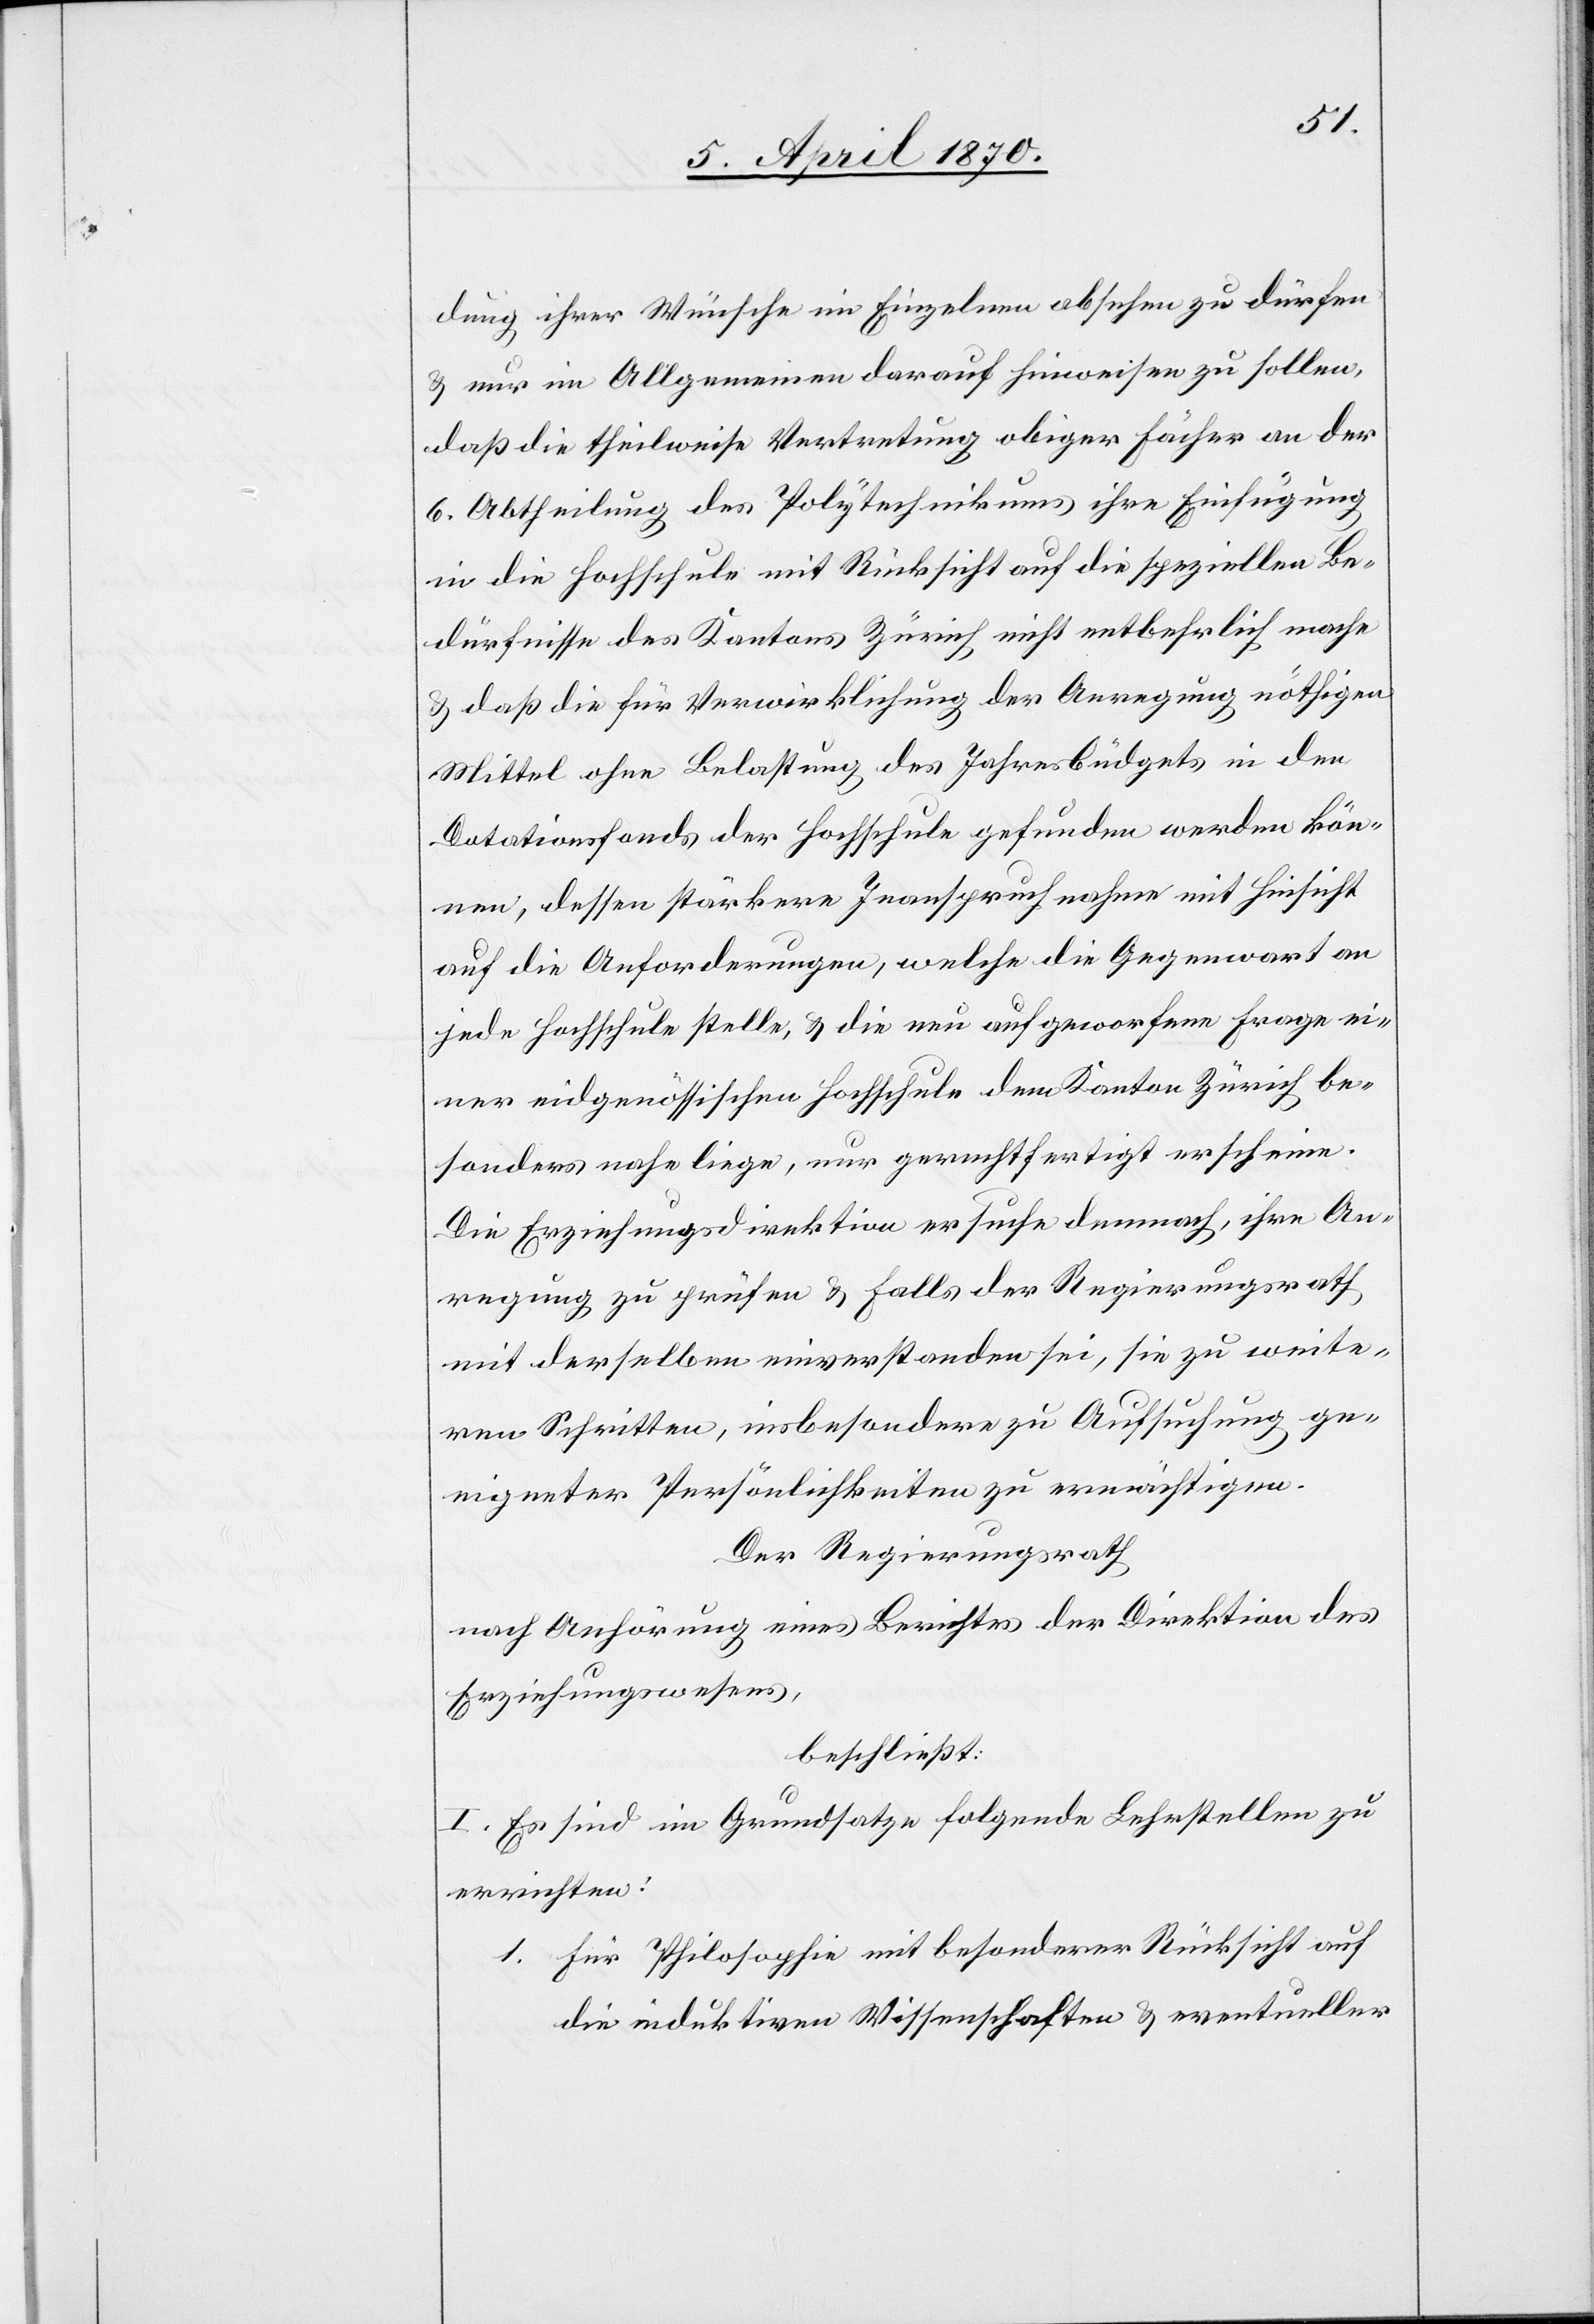
dung ihrer Wünsche im Einzelnen absehen zu dürfen
& nur im Allgemeinen darauf hinweisen zu sollen,
daß die theilweise Vertretung obiger Fächer an der
6. Abtheilung des Polytechnikums ihre Einfügung
in die Hochschule mit Rücksicht auf die speziellen Be¬
dürfnisse des Kantons Zürich nicht entbehrlich mache
& daß die für Verwirklichung der Anregung nöthigen
Mittel ohne Belastung des Jahresbüdgets in den
Dotationsfonds der Hochschule gefunden werden kön¬
nen, dessen stärkere Inanspruchnahme mit Hinsicht
auf die Anforderungen, welche die Gegenwart an
jede Hochschule stelle, & die neu aufgeworfene Frage ei¬
ner eidgenössischen Hochschule dem Kanton Zürich be¬
sonders nahe liege, nur gerechtfertigt erscheine.
Die Erziehungsdirektion ersuche demnach, ihre An¬
regung zu prüfen & falls der Regierungsrath
mit derselben einverstanden sei, sie zu weite¬
ren Schritten, insbesondere zu Aufsuchung ge¬
eigneter Persönlichkeiten zu ermächtigen.
Der Regierungsrath
nach Anhörung eines Berichtes der Direktion des
Erziehungswesens,
beschließt:
I. Es sind im Grundsatze folgende Lehrstellen zu
errichten:
1. Für Philosophie mit besonderer Rücksicht auf
die induktiven Wissenschaften & eventueller